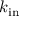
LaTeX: k _ { \mathrm { i n } }